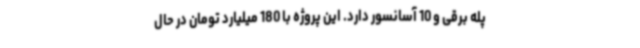
پله برقی و 10 آسانسور دارد. این پروژه با 180 میلیارد تومان در حال